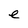
Character: e